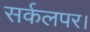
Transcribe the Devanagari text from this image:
सर्कलपर।